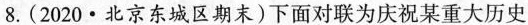
8.(2020·北京东城区期末)下面对联为庆祝某重大历史